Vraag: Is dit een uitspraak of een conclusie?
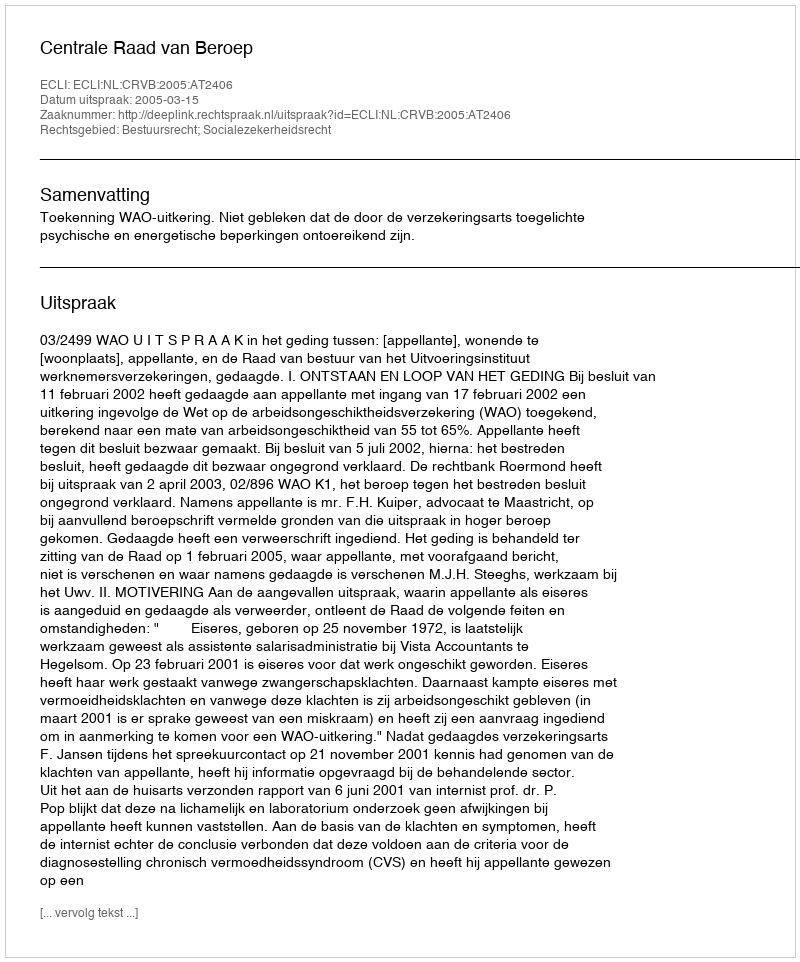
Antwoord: Uitspraak